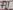
Text: A1